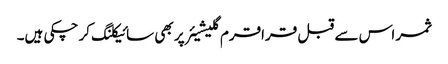
ثمر اس سے قبل قراقرم گلیشیئر پر بھی سائیکلنگ کر چکی ہیں۔